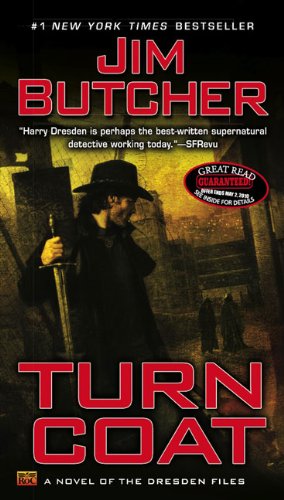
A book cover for Turn Coat (The Dresden Files, Book 11); Jim Butcher; Science Fiction & Fantasy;